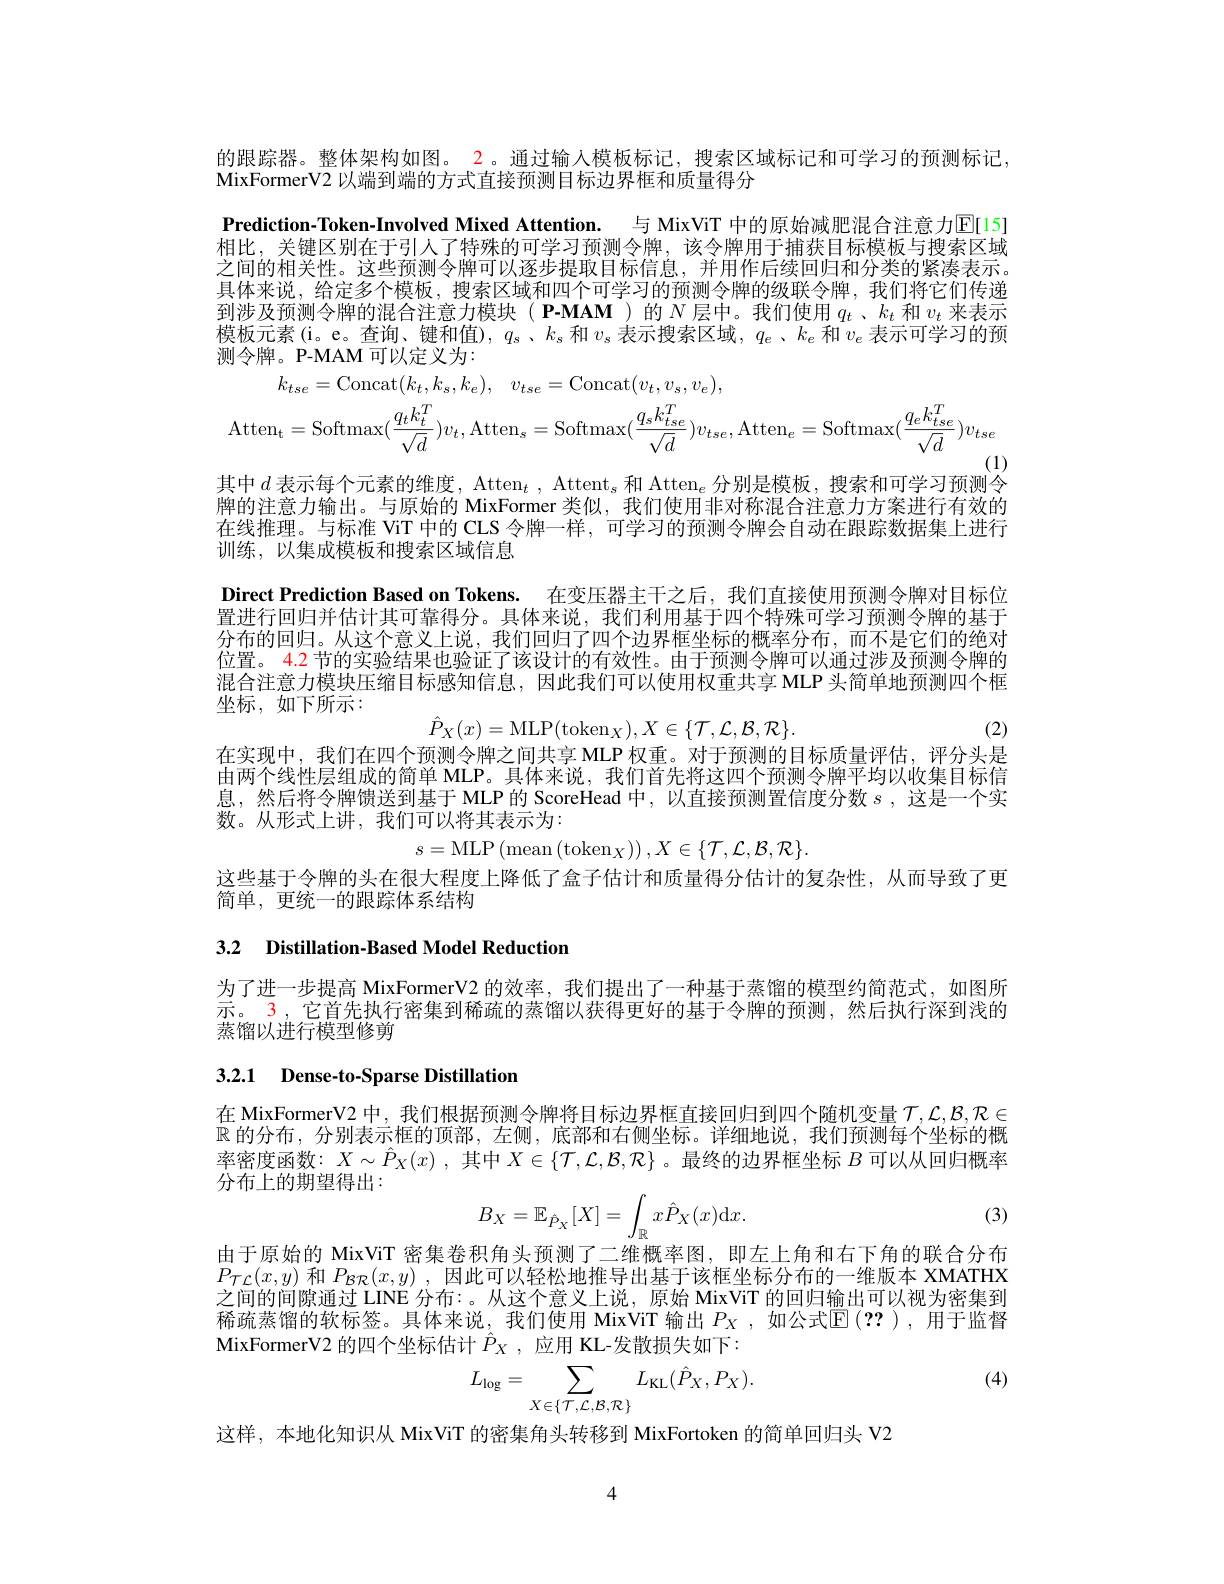
$$\begin{aligned}k_{tse}&=\mathrm{Concat}(k_{t},k_{s},k_{e}),\quad v_{tse}=\mathrm{Concat}(v_{t},v_{s},v_{e}),\\\mathrm{Atten}_{\mathrm{t}}&=\mathrm{Softmax}(\frac{q_{t}k_{t}^{T}}{\sqrt{d}})v_{t},\mathrm{Atten}_{s}=\mathrm{Softmax}(\frac{q_{s}k_{tse}^{T}}{\sqrt{d}})v_{tse},\mathrm{Atten}_{e}=\mathrm{Softmax}(\frac{q_{e}k_{tse}^{T}}{\sqrt{d}})v_{tse}\end{aligned}$$
其中$d\text{ 表示每个元素的维度，Atten}_t$, Attent$_s$ 和 Atten$_e$ 分别是模板，搜索和可学习预测令

的跟踪器。整体架构如图。2。通过输人模板标记，搜索区域标记和可学习的预测标记
MixFormerV2 以端到端的方式直接预测目标边界框和质量得分
Prediction-Token-Involved Mixed Attention. 与 MixViT 中的原始减肥混合注意力$\overline{\mathrm{E}}[15]$ 相比，关键区别在于引人了特殊的可学习预测令牌，该令牌用于捕获目标模板与搜索区域之间的相关性。这些预测令牌可以逐步提取目标信息，并用作后续回归和分类的紧凑表示。具体来说，给定多个模板，搜索区域和四个可学习的预测令牌的级联令牌，我们将它们传递到涉及预测令牌的混合注意力模块(P-MAM)的$N$层中。我们使用 $q_t$、$k_t$ 和 $v_t$ 来表示模板元素(i。e。查询、键和值),$q_s$、$k_s$和$v_s$表示搜索区域，$q_e$ 、$k_e$和$v_e$表示可学习的预测令牌。P-MAM 可以定义为：
牌的注意力输出。与原始的 MixFormer 类似，我们使用非对称混合注意力方案进行有效的在线推理。与标准 ViT 中的 CLS 令牌一样，可学习的预测令牌会自动在跟踪数据集上进行训练，以集成模板和搜索区域信息
Direct Prediction Based on Tokens. 在变压器主干之后，我们直接使用预测令牌对目标位置进行回归并估计其可靠得分。具体来说，我们利用基于四个特殊可学习预测令牌的基于分布的回归。从这个意义上说，我们回归了四个边界框坐标的概率分布，而不是它们的绝对位置。4.2 节的实验结果也验证了该设计的有效性。由于预测令牌可以通过涉及预测令牌的混合注意力模块压缩目标感知信息，因此我们可以使用权重共享 MLP 头简单地预测四个框坐标，如下所示：
$$\hat{P}_X(x)=\mathrm{MLP}(\mathrm{token}_X),X\in\{\mathcal{T},\mathcal{L},\mathcal{B},\mathcal{R}\}.$$
(2)
在实现中，我们在四个预测令牌之间共享 MLP 权重。对于预测的目标质量评估，评分头是由两个线性层组成的简单 MLP。具体来说，我们首先将这四个预测令牌平均以收集目标信息，然后将令牌馈送到基于 MLP 的 ScoreHead 中，以直接预测置信度分数$s$ , 这是一个实数。从形式上讲，我们可以将其表示为：
$s=$MLP$\left ( \mathrm{mean}\left ( \mathrm{token}_X\right ) \right ) , X\in \{ \mathcal{T} , \mathcal{L} , \mathcal{B} , \mathcal{R} \} .$
这些基于令牌的头在很大程度上降低了盒子估计和质量得分估计的复杂性，从而导致了更
简单，史统一的跟踪体系结构

3.2 Distillation-Based Model Reduction

为了进一步提高 MixFormerV2 的效率，我们提出了一种基于蒸馏的模型约简范式，如图所示。3 , 它首先执行密集到稀疏的蒸馏以获得更好的基于令牌的预测，然后执行深到浅的蒸馏以进行模型修剪

## 3.2.1 Dense-to-Sparse Distillation

在 MixFormerV2 中，我们根据预测令牌将目标边界框直接回归到四个随机变量$\mathcal{T},\mathcal{L},\mathcal{B},\mathcal{R}\in$ $\mathbb{R}$的分布，分别表示框的顶部，左侧，底部和右侧坐标。详细地说，我们预测每个坐标的概率密度函数$:X\sim\hat{P}_X(x)$ ,其中$X\in\{\mathcal{T},\mathcal{L},\mathcal{B},\mathcal{R}\}$ 。最终的边界框坐标$B$可以从回归概率分布上的期望得出：
$$B_X=\mathbb{E}_{\hat{P}_X}[X]=\int_{\mathbb{R}}x\hat{P}_X(x)\mathrm{d}x.$$
(3)

由于原始的 MixViT 密集卷积角头预测了二维概率图，即左上角和右下角的联合分布$P_{\mathcal{TL}}(x,y)$和$P_\mathcal{BR}(x,y)$ ,因此可以轻松地推导出基于该框坐标分布的一维版本 XMATHX 之间的间隙通过 LINE 分布：。从这个意义上说，原始 MixViT 的回归输出可以视为密集到稀疏蒸馏的软标签。具体来说，我们使用 MixViT 输出 $P_X$ ,如公式$\mathbb{E}(??)$ ,用于监督MixFormerV2 的四个坐标估计$\hat{P}_X$ ,应用 KL-发散损失如下：
$$L_{\log}=\sum_{X\in\{\mathcal{T},\mathcal{L},\mathcal{B},\mathcal{R}\}}L_{\mathrm{KL}}(\hat{P}_{X},P_{X}).$$
(4)

这样，本地化知识从 MixViT 的密集角头转移到 MixFortoken 的简单回归头 V2

4